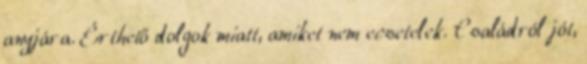
anyjára. Érthető dolgok miatt, amiket nem ecsetelek. Családról jót,